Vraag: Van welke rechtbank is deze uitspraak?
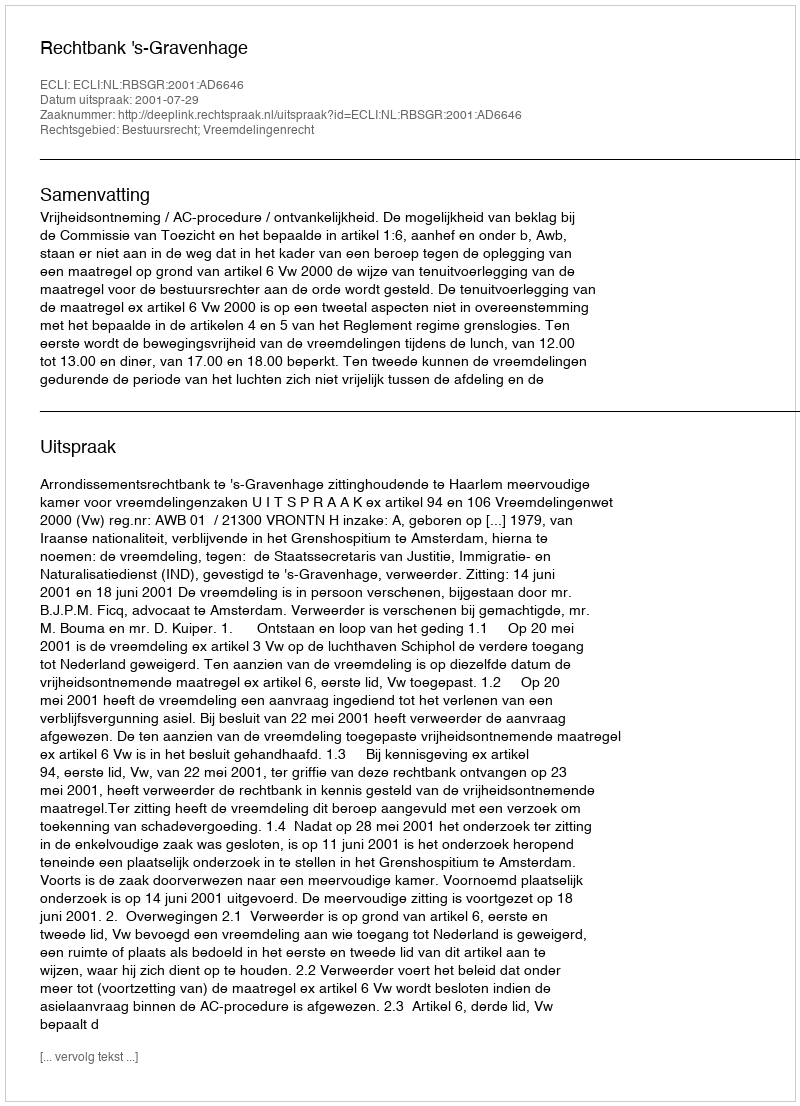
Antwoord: Rechtbank 's-Gravenhage